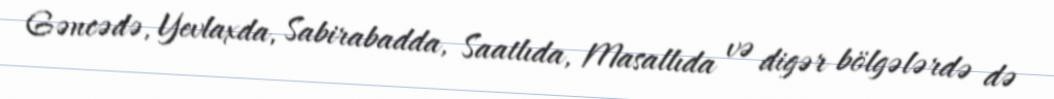
Gəncədə, Yevlaxda, Sabirabadda, Saatlıda, Masallıda və digər bölgələrdə də